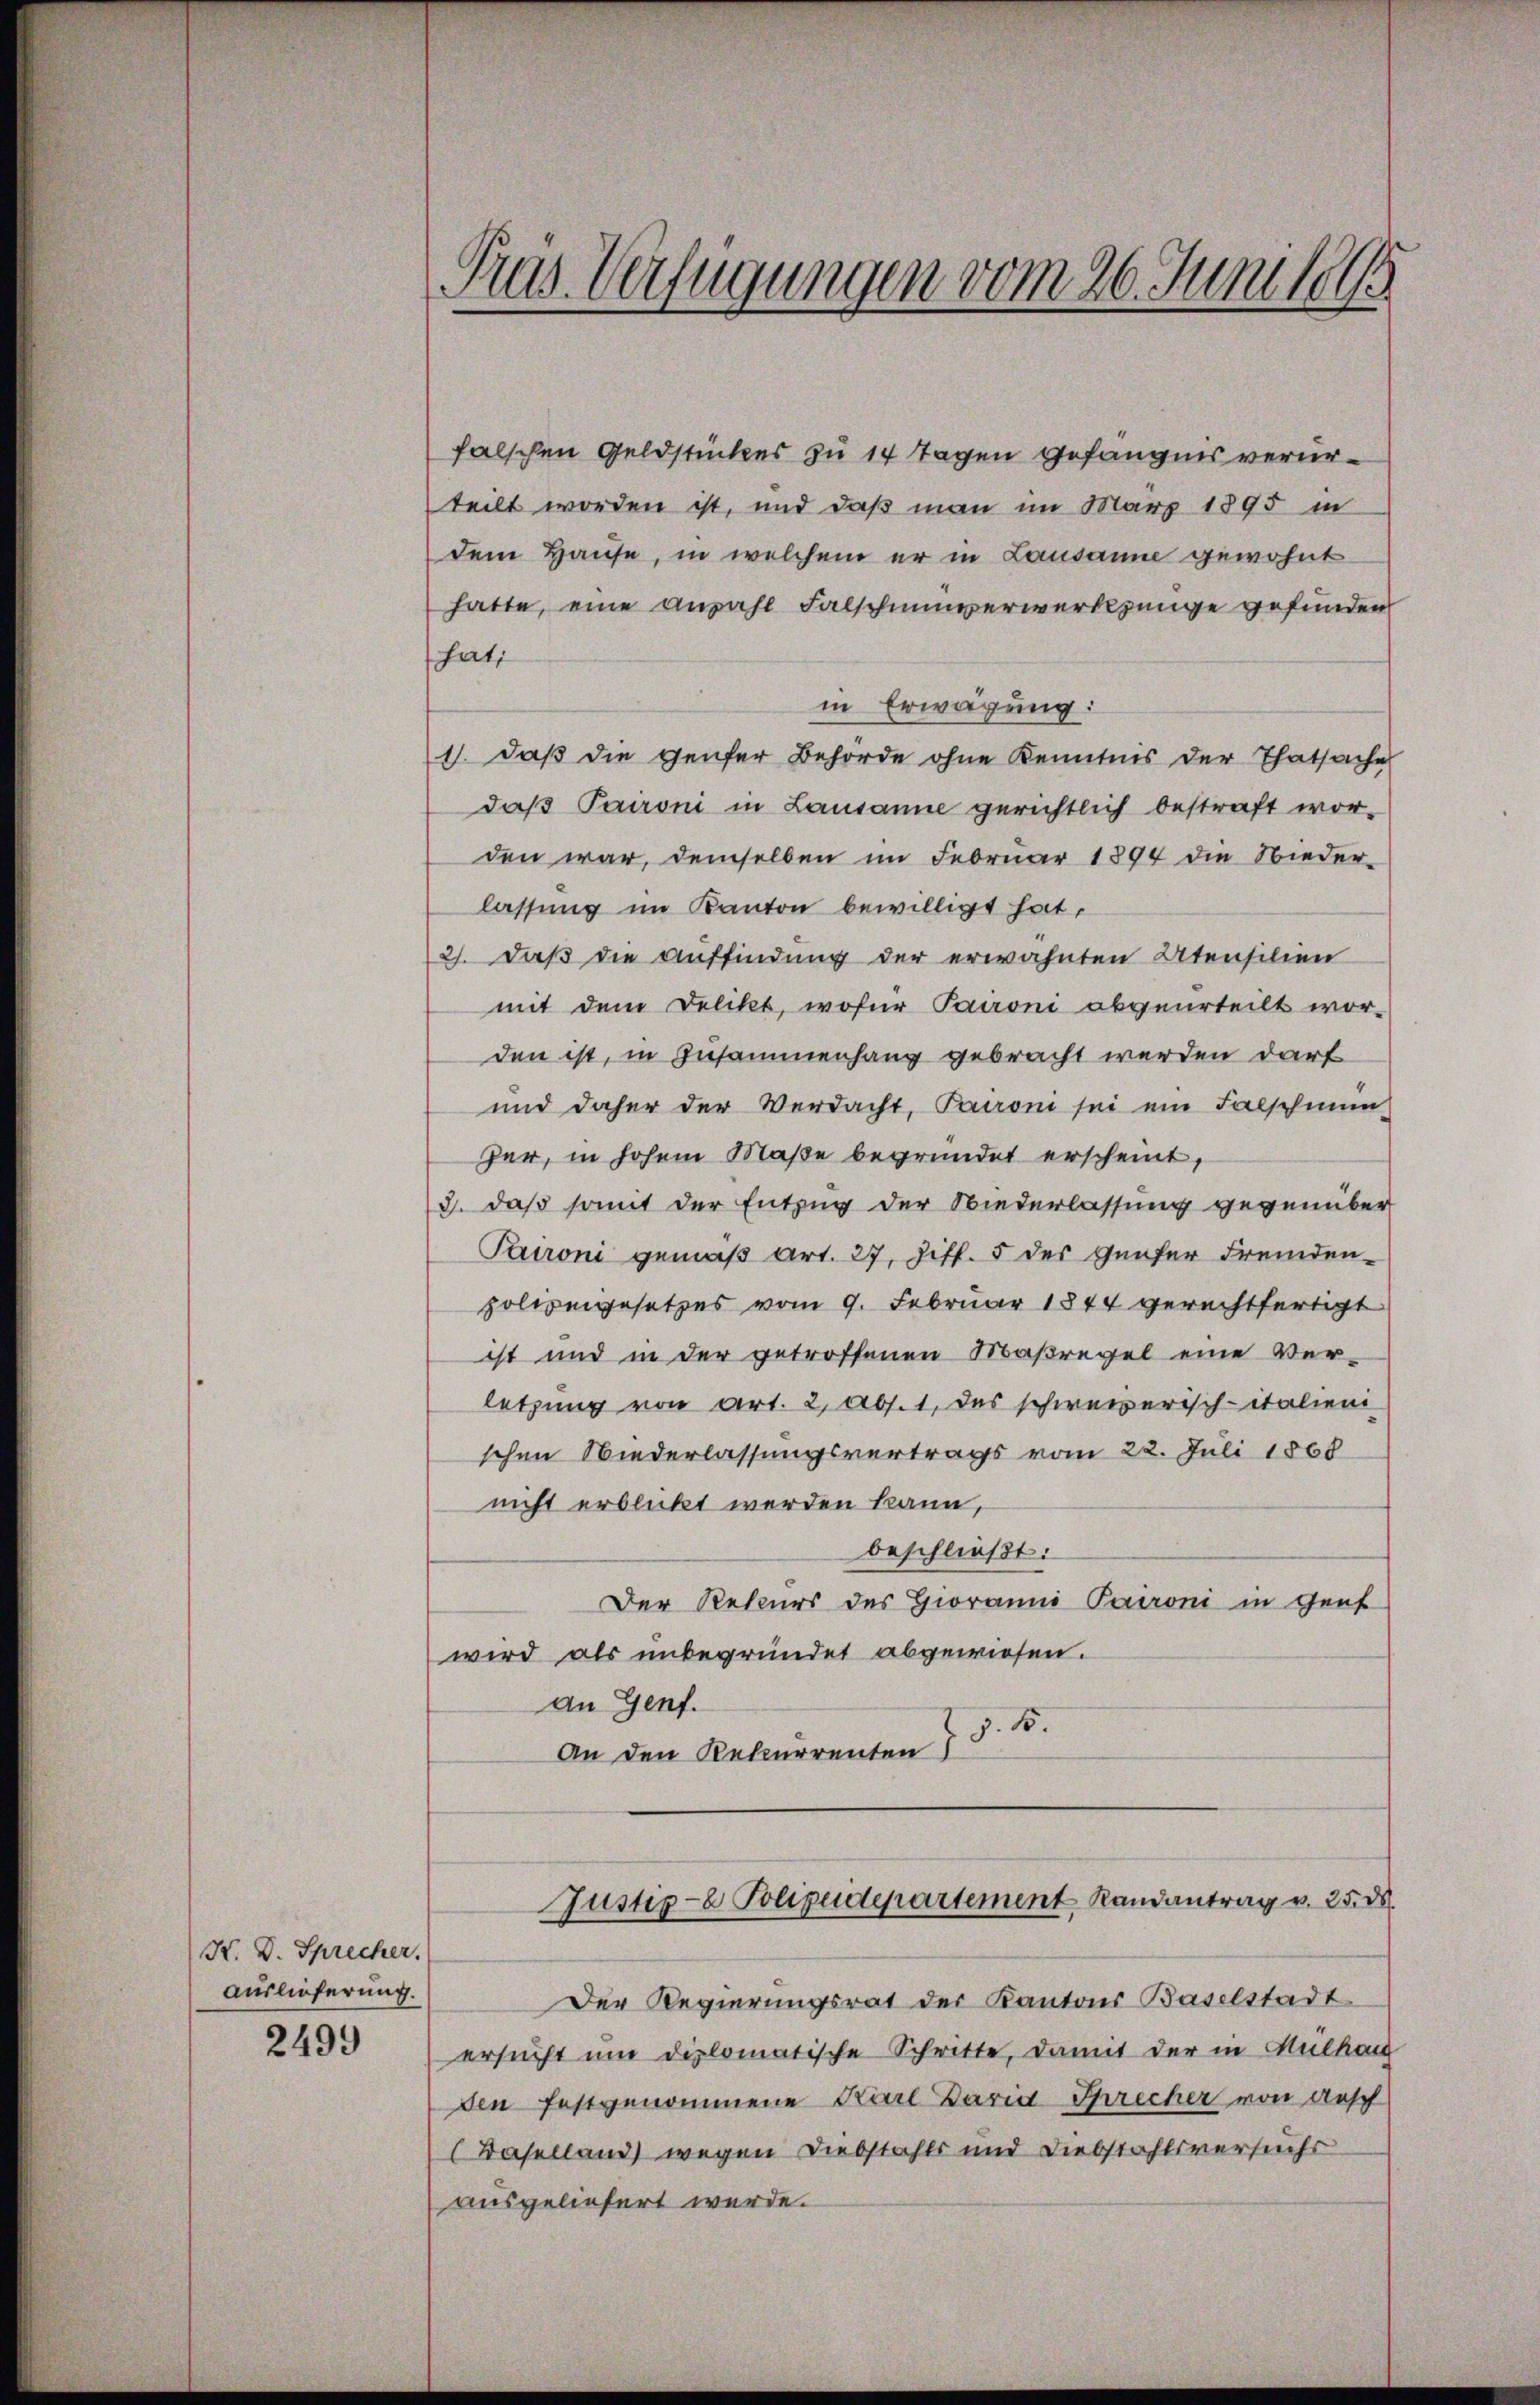
H. D. Sprecher.
Auslieferung.
2499

Pras Verfügungen vom 20. Juni 189

falschen Geldstückes zu 14 Tagen gefängnis verurteilt worden ist, und daß man im März 1895 in
dem Hause, in welchem er in Lausanne gewohnt
hatte, eine anzahl Falscheinverwerkzeuge gefunden
hati
in Erwägung:
1. daß die Genfer Behörde ohne Kenntnis der Thatsache
daß Paironi in Lausanne gerichtlich bestraft wor-
den war, demselben im Februar 1894 die Nieder-
lassung im Kanton bewilligt hat,
2). Daß die Auffindung der erwähnten Atensilien
mit dem Delikt, wofür Paironi abgeurteilt wor-
den ist, in Zusammenhang gebracht werden darf
und daher der Verdacht, Paironi sei ein Falschmun-
her, in hohem Maße begründet erscheint,
3. daß somit der Entzug der Niederlassung gegenüber
Panoni gemäß Art. 27, Ziff. 5 des Genfer Fremdenpoliengesetzes vom 9. Februar 1844 gerechtfertigt
ist und in der getroffenen Maßregel eine Ver-
letzung von Art. 2, Abs. 1, das schweizerisch-italieni
schen Niederlassungsvertrags vom 22. Juli 1868
nicht erblickt werden kann,
beschließt:
Der Rekurs des Gioramni Paironi in Genf
wird als unbegründet abgewiesen.
an Genf.
15.
An den Rekurrenten 75

Justiz- & Polizeidepartement Randantrag v. 25. d.

Der Regierungsrat der Kantons Baselstadt
ersucht um diplomatische Schritte, damit der in Mülhau
den festgenommene Karl Baria Sprecher von Aesch
Baselland) wegen Diebstahls und Diebstahlsversuchs
ausgeliefert werde.